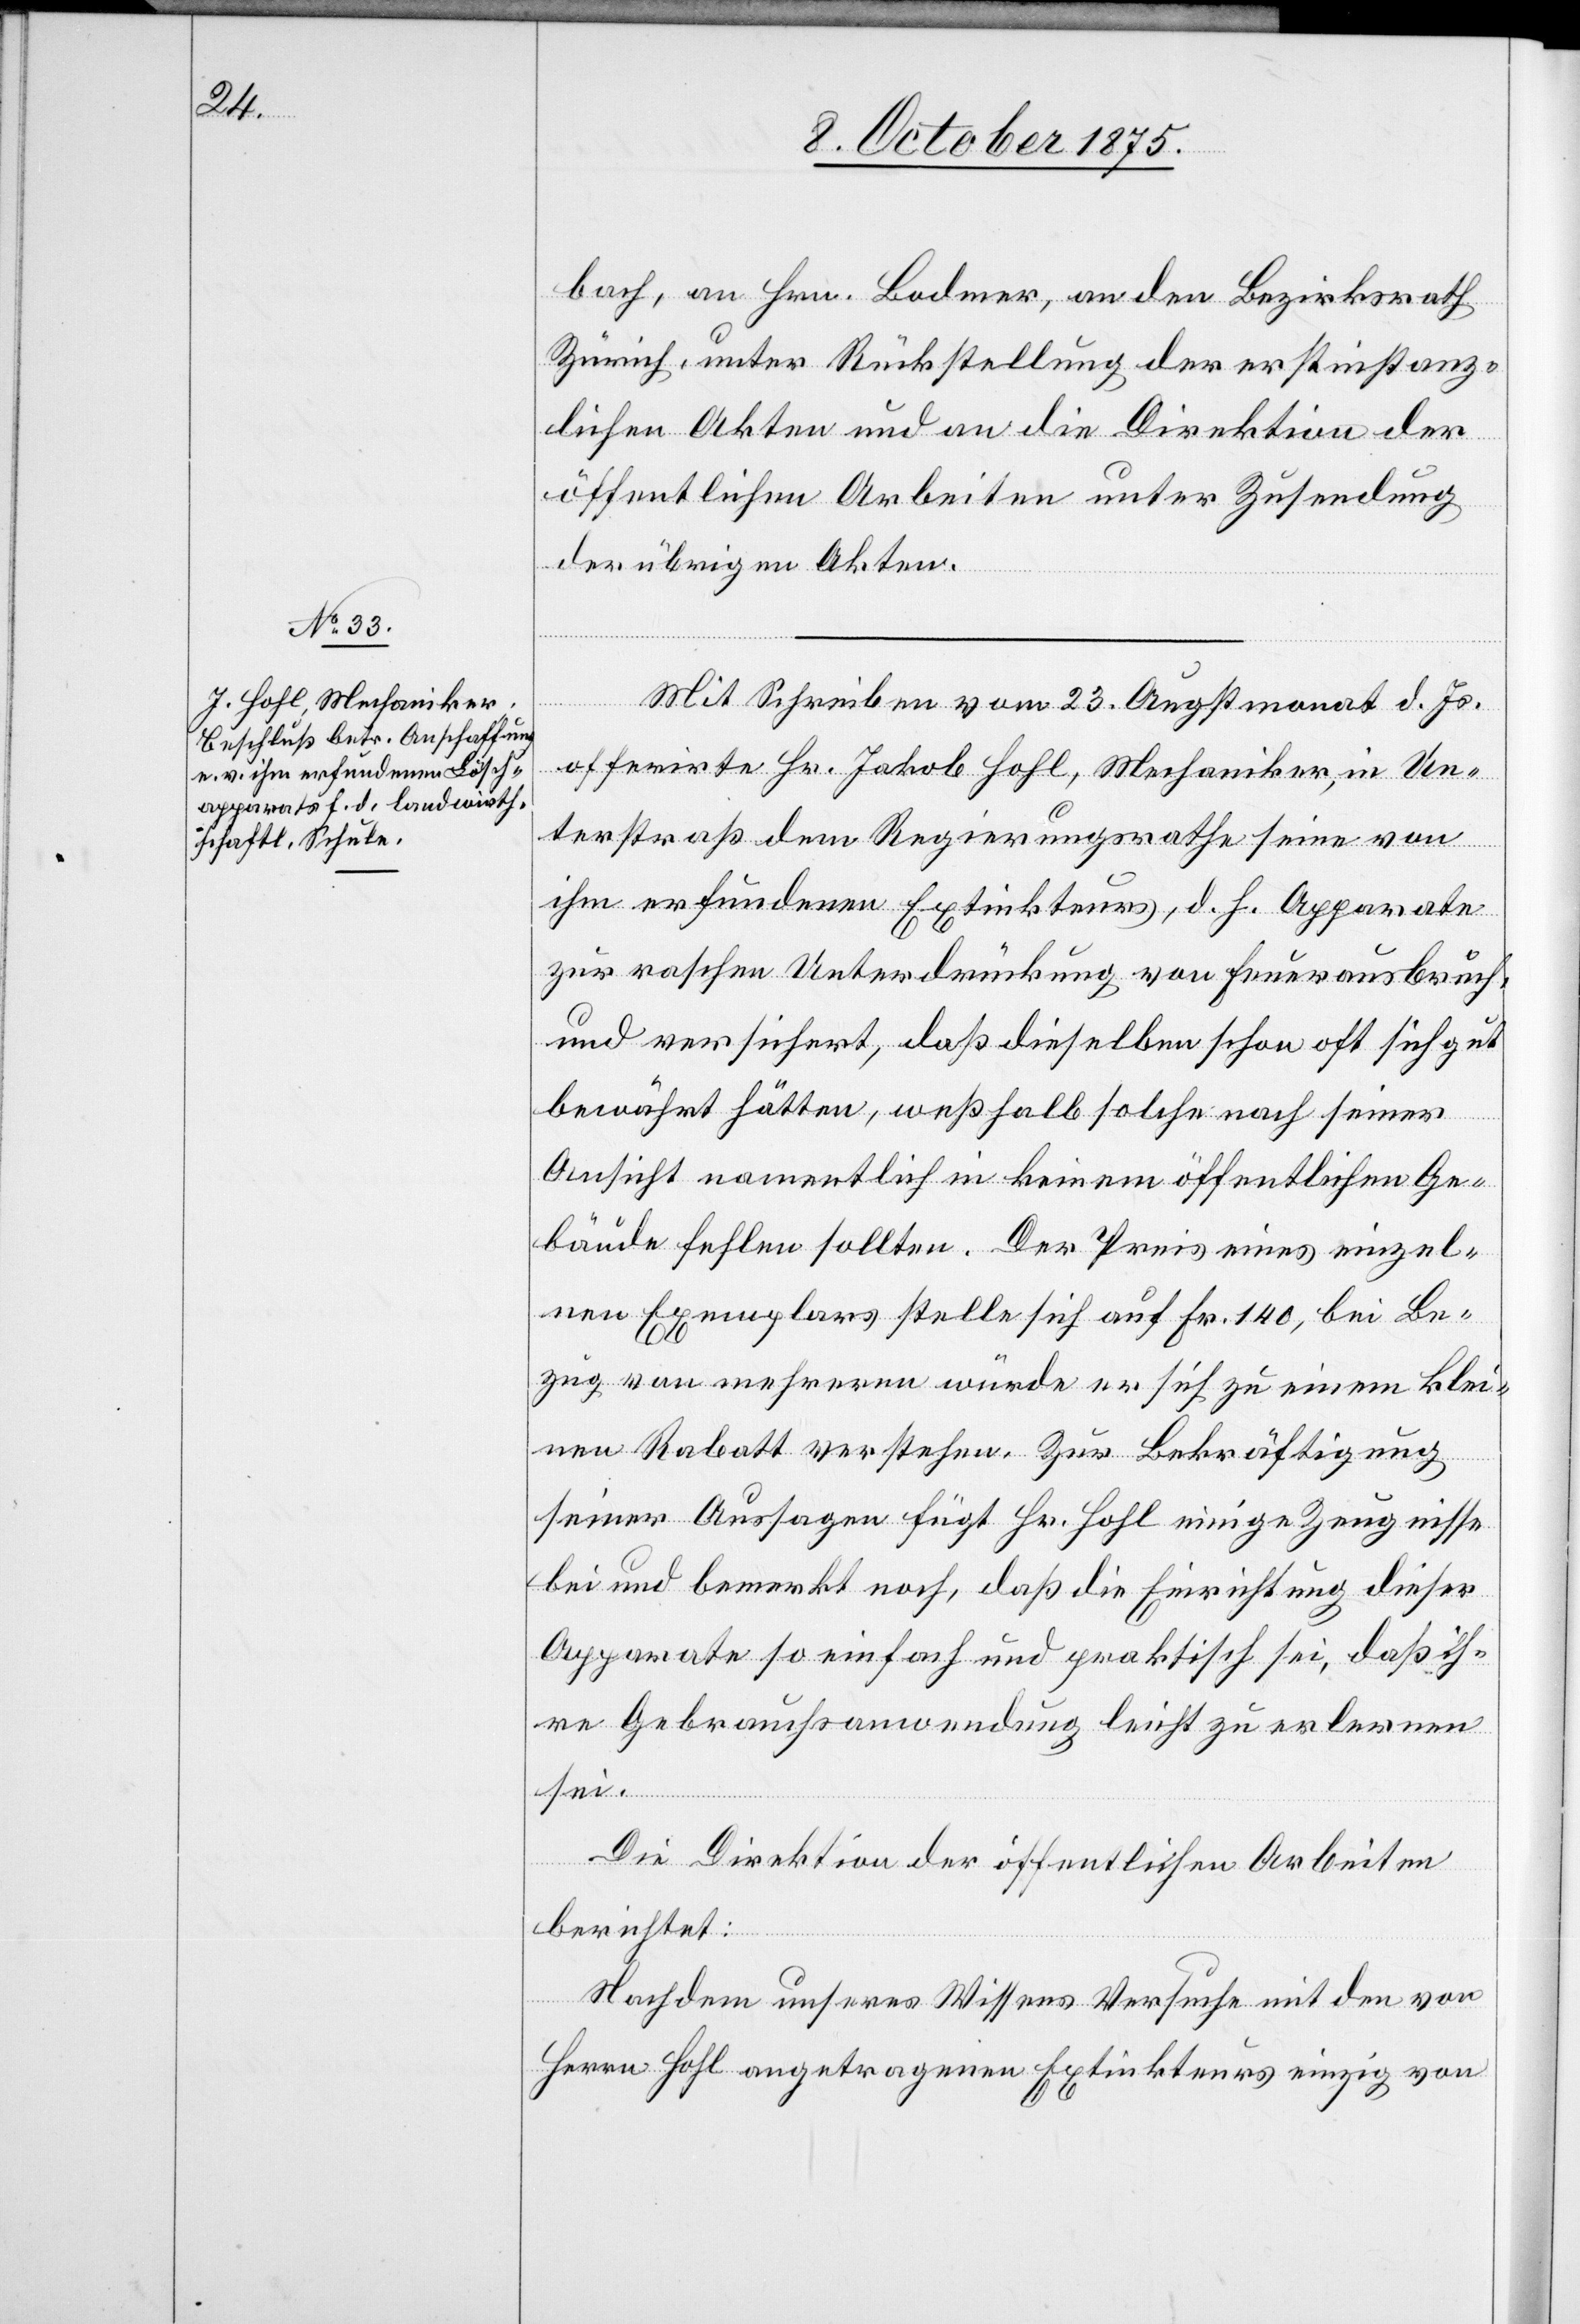
bach, an Hrn. Bodmer, an den Bezirksrath
Zürich, unter Rückstellung der erstinstanz¬
lichen Akten und an die Direktion der
öffentlichen Arbeiten unter Zusendung
der übrigen Akten.
Mit Schreiben vom 23. Augstmonat d. Js.
offerirte Hr. Jakob Hohl, Mechaniker, in Un¬
terstraß dem Regierungsrathe seine von
ihm erfundenen Extinkteurs, d. h. Apparate
zur raschen Unterdrückung von Feuerausbruch,
und versichert, daß dieselben schon oft sich gut
bewährt hätten, weßhalb nach seiner Ansicht namen¬
bäude fehlen sollten. Der Preis eines einzel¬
nen Exemplars stelle sich auf Fr. 140, bei Be¬
zug von mehreren würde er sich zu einem klei¬
nen Rabatt verstehen. Zur Bekräftigung
seiner Aussagen fügt Hr. Hohl einige Zeugnisse
bei und bemerkt noch, daß die Einrichtung dieser
Apparate so einfach und praktisch sei, daß ih¬
re Gebrauchsanwendung leicht zu erlernen
sei.
Die Direktion der öffentlichen Arbeiten
berichtet:
Ge¬
Nachdem unseres Wissens Versuche mit den von
Herrn Hohl angetragenen Extinkteurs einzig von